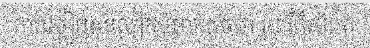
ការស្លៀកសំលៀកបំពាក់ដូចជា រូប រឺក៏សំពត់